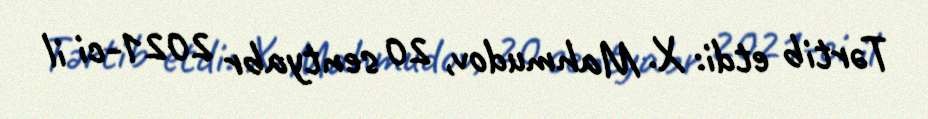
Tərtib etdi: X. Mahmudov, 20 sentyabr 2021-ci il